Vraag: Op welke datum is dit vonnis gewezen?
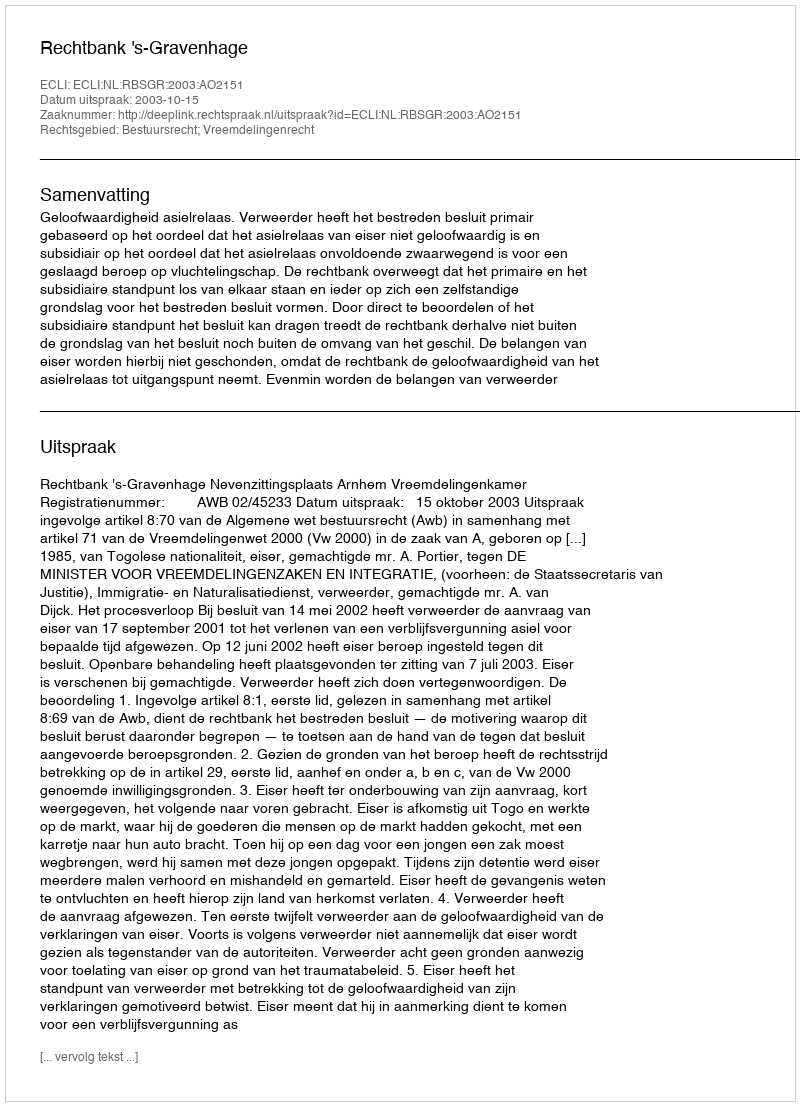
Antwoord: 2003-10-15